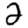
Digit: 2